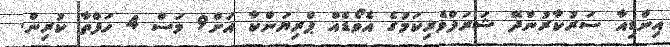
އިންޑިއާ ސަރުކާރުންދޭ ޝަރަފްވެރިކަމުގެ އެވޯޑެއް ޕްރިޔަންކާ އަށް9 މަސް 4 ހަފްތާ ކުރިން.